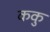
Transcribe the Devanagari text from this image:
ककु